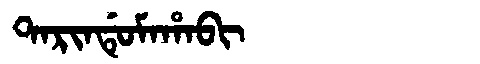
Manchu: ᡨᠠᡵᡳᠨᡩᡠᠮᠠᡥᠠᠪᡳ
Romanization: TARINDUMAHABI